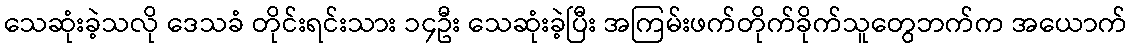
သေဆုံးခဲ့သလို ဒေသခံ တိုင်းရင်းသား ၁၄ဦး သေဆုံးခဲ့ပြီး အကြမ်းဖက်တိုက်ခိုက်သူတွေဘက်က အယောက်